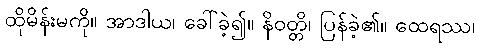
ထိုမိန်းမကို။ အာဒါယ၊ ခေါ်ခဲ့၍။ နိဝတ္တိ၊ ပြန်ခဲ့၏။ ထေရဿ၊